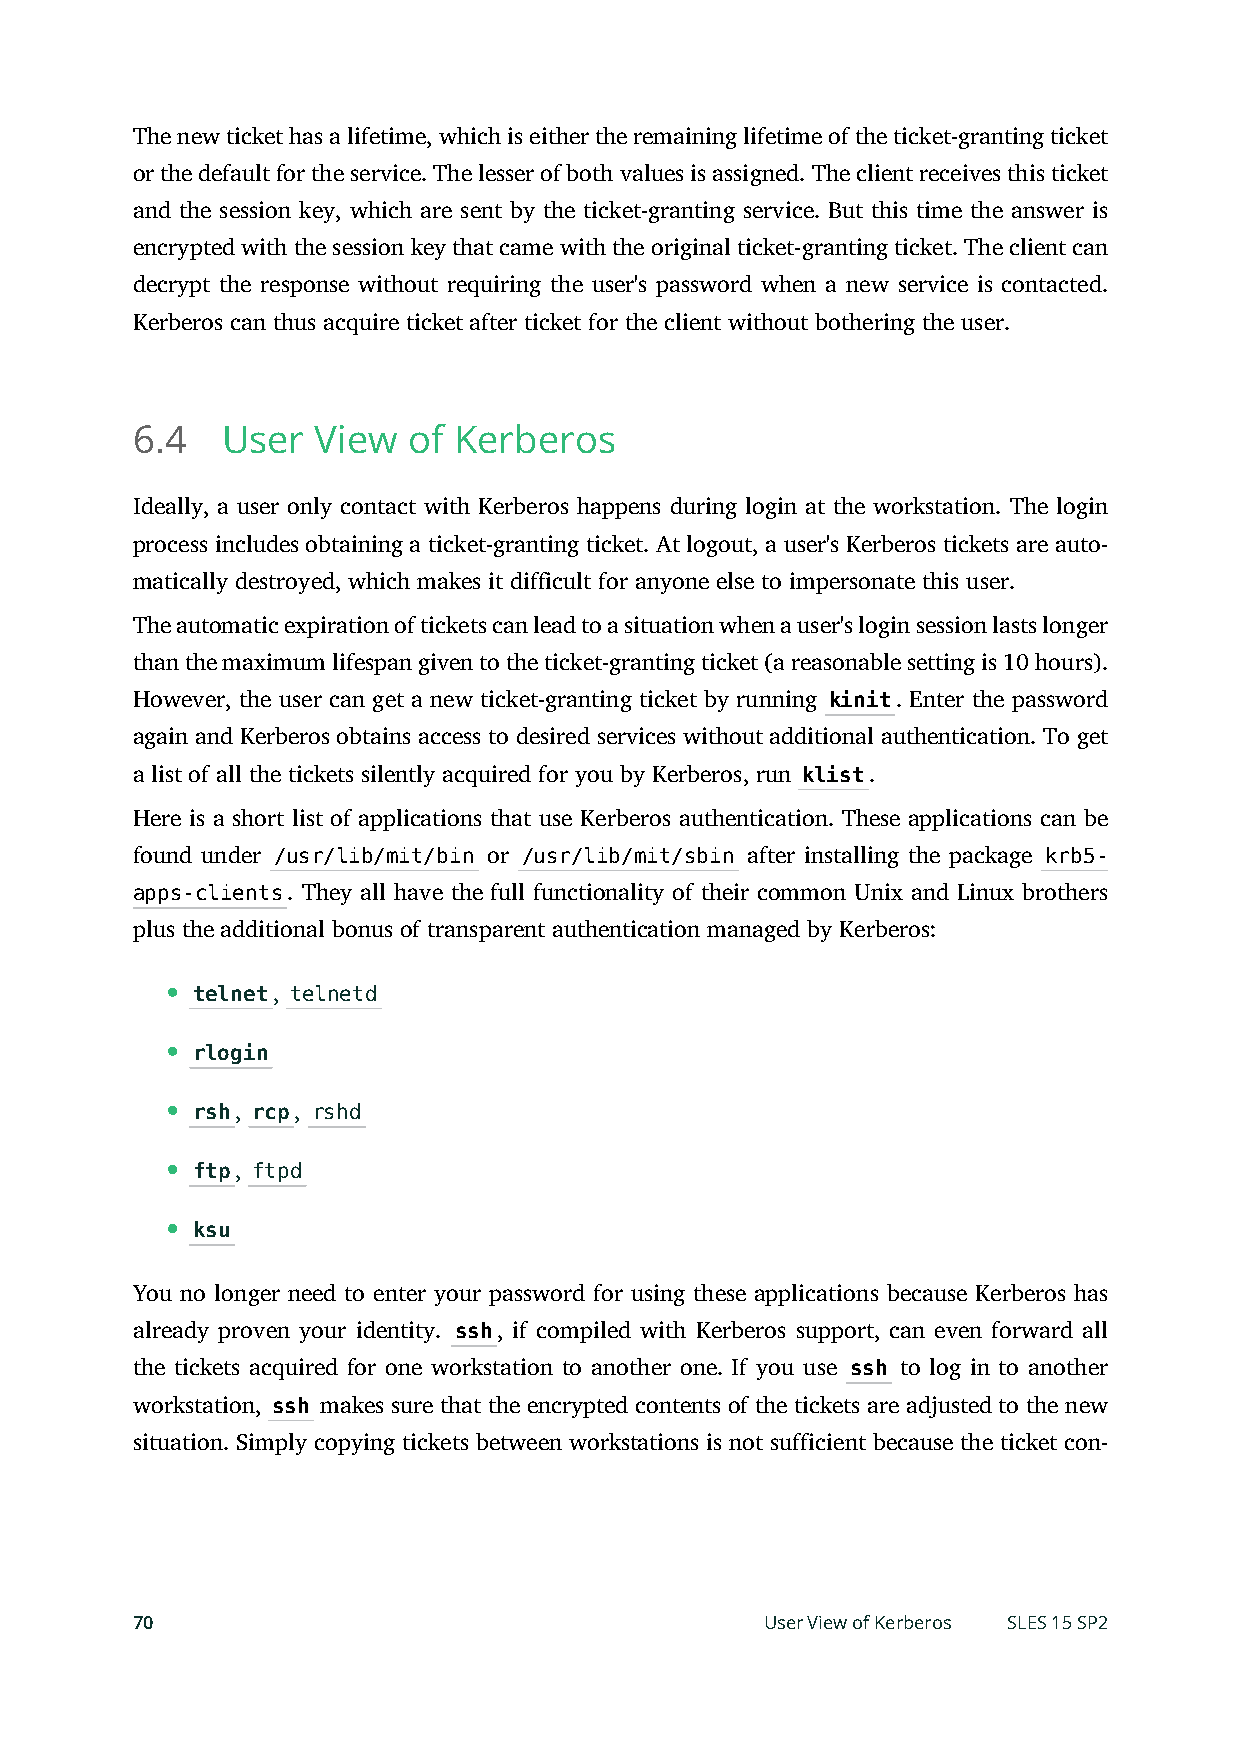
The new ticket has a lifetime, which is either the remaining lifetime of the ticket-granting ticket
 or the default for the service. The lesser of both values is assigned. The client receives this ticket
 and the session key, which are sent by the ticket-granting service. But this time the answer is
 encrypted with the session key that came with the original ticket-granting ticket. The client can
 decrypt the response without requiring the user's password when a new service is contacted.
 Kerberos can thus acquire ticket after ticket for the client without bothering the user.
 6.4   User  View  of Kerberos
 Ideally, a user only contact with Kerberos happens during login at the workstation. The login
 process includes obtaining a ticket-granting ticket. At logout, a user's Kerberos tickets are auto-
 matically destroyed, which makes it difficult for anyone else to impersonate this user.
 The automatic expiration of tickets can lead to a situation when a user's login session lasts longer
 than the maximum lifespan given to the ticket-granting ticket (a reasonable setting is 10 hours).
 However, the user can get a new ticket-granting ticket by running kinit. Enter the password
 again and Kerberos obtains access to desired services without additional authentication. To get
 a list of all the tickets silently acquired for you by Kerberos, run klist.
 Here is a short list of applications that use Kerberos authentication. These applications can be
 found under /usr/lib/mit/bin or /usr/lib/mit/sbin after installing the package krb5-
 apps-clients. They all have the full functionality of their common Unix and Linux brothers
 plus the additional bonus of transparent authentication managed by Kerberos:
 telnet, telnetd
 rlogin
 rsh, rcp, rshd
 ftp, ftpd
 ksu
 You no longer need to enter your password for using these applications because Kerberos has
 already proven your identity. ssh, if compiled with Kerberos support, can even forward all
 the tickets acquired for one workstation to another one. If you use ssh to log in to another
 workstation, ssh makes sure that the encrypted contents of the tickets are adjusted to the new
 situation. Simply copying tickets between workstations is not sufficient because the ticket con-
 70                                        User View of Kerberos SLES 15 SP2